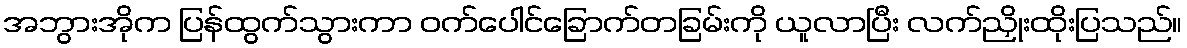
အဘွားအိုက ပြန်ထွက်သွားကာ ဝက်ပေါင်ခြောက်တခြမ်းကို ယူလာပြီး လက်ညှိုးထိုးပြသည်။